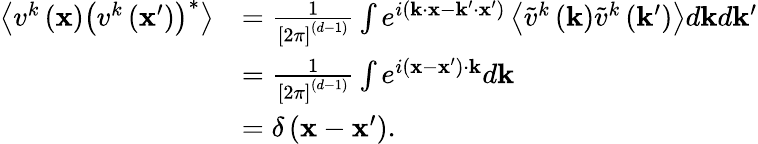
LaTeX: \begin{array}{rl}{\left\langle v^{k}\left(\mathbf{x}\right)\left(v^{k}\left(\mathbf{x}^{\prime}\right)\right)^{*}\right\rangle}&{=\frac{1}{\left[2\pi\right]^{(d-1)}}\int e^{i(\mathbf{k}\cdot\mathbf{x}-\mathbf{k}^{\prime}\cdot\mathbf{x}^{\prime})}\left\langle\tilde{v}^{k}\left(\mathbf{k}\right)\tilde{v}^{k}\left(\mathbf{k}^{\prime}\right)\right\rangle d\mathbf{k}d\mathbf{k}^{\prime}}\\ &{=\frac{1}{\left[2\pi\right]^{(d-1)}}\int e^{i(\mathbf{x}-\mathbf{x}^{\prime})\cdot\mathbf{k}}d\mathbf{k}}\\ &{=\delta\left(\mathbf{x}-\mathbf{x}^{\prime}\right).}\end{array}